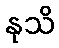
နုသိ